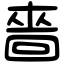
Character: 嗇